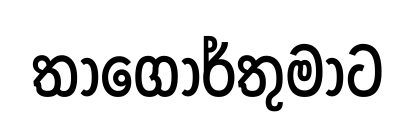
තාගෝර්තුමාට